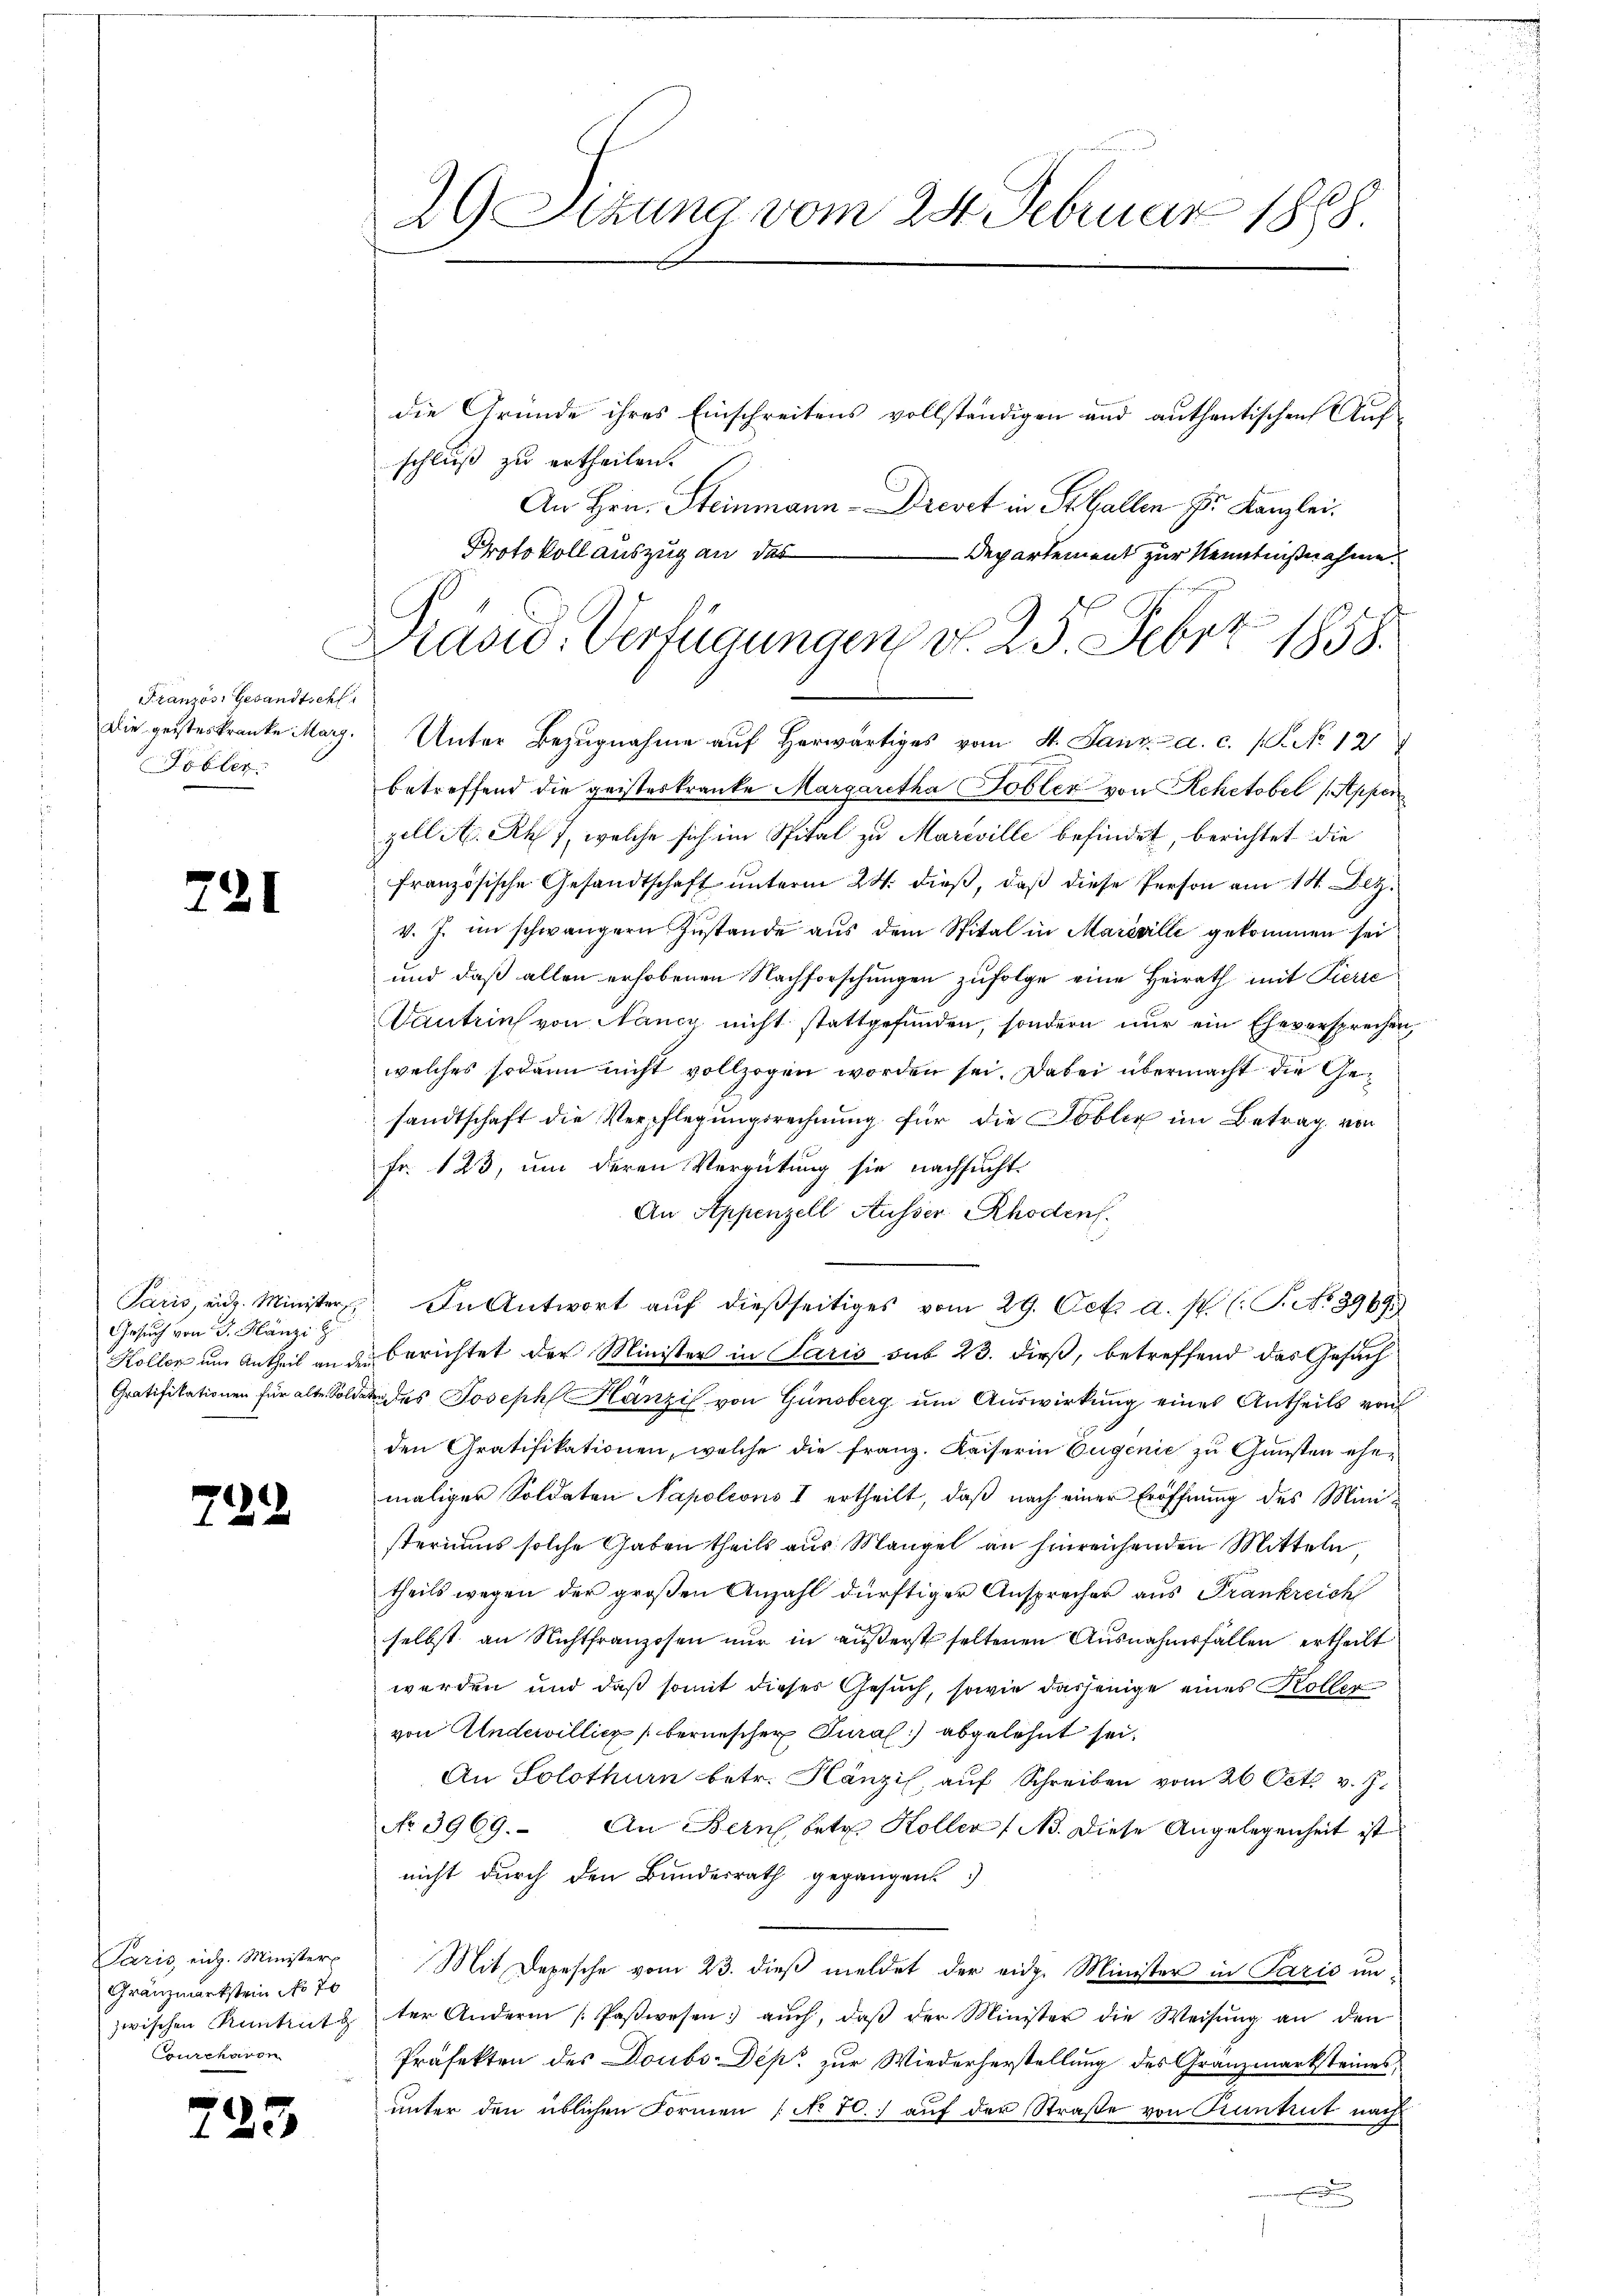
Französ. Gesandtschl
Die geisteskranke Marg.
Pöller.

721

Paris, eidg. Minister
Gesuch von F. Känzi z
Köller um Antheil an die
Gratifikationen für alte. Sol¬

722

Paris, eidg. Minister
Gränzmarkstein No 70
zwischen Runtruth
Courcharon

25.

29 Sizung vom 24. Februar 1888

Präsid. Verfügungen v. 25. Febr. 1858.

die Grunde ihres Einschreitens vollständigen und authentischen Aufschluß zu ertheilen.
An Hrn. Steinmann-Drevet in St. Gallen Dr. Kanzlei.
Protokoll auszug an das
Departement zur Kenntnißnahme.
Unter Bezugnahme auf herwärtiges vom 4. Janz. a. c. (T. No 12
betreffend die geisteskranke Margaretha Tobler von Rehetobel (Appen
zell A. R. 7, welche sich im Spital zu Mareville befindet, berichtet die
französische Gesandtschaft unterm 24. dieß, daß diese Person am 14. Dez.
v. J. im schwängern Zustande aus dem Spital in Mareville gekommen sei
und daß allen erhobenen Nachforschungen zufolge eine Heirath mit Pierre
Dantrin von Nancy nicht stattgefunden, sondern nur ein Eheversprechen,
welches sodann nicht vollzogen worden sei. Dabei übermacht die Gesandtschaft die Verpflegungsrechnung für die Löblic im Betrag von
Fr. 123, um deren Vergütung sie nachsucht.
An Appenzell Ausser Rhodens.
In Antwort aŭf dießseitiges vom 29. Oct. a. p. (: S. No 399.
berichtet der Minister in Paris sub 23. dieß, betreffend das Gesuch
dn des Joseph Hänzil von Günsberg um Auswirkung eines Antheils von
den Gratifikationen, welche die Franz. Kaiserin Eugenie zu Gunsten ehemaliger Soldaten Napoleons I ertheilt, daß nach einer Eröffnung des Ministeriums solche Gaben theils aus Mangel an hinreichenden Mitteln
theils wegen der großen Anzahl dürftiger Ansprecher aus Frankreich
selbst an Nichtfranzosen nur in äußerst seltenen Ausnahmsfällen ertheilt
werden und daß somit dieser Gesuch, sowie dasjenige eines Koller
von Andervillicz bernischer Jura abgelehnt sei,
An Solothurn betr. Hänzi, aŭf Schreiben vom 26. Oct. v. J.
No 3969. An Bern betr. Koller (Ns. diese Angelegenheit ist
nicht durch den Bundesrath gegangen
Mit Depesche vom 23. dieß meldet der eidg. Minister in Paris unter Andern (Paswesen aŭch, daβ der Minister die Weisŭng an den
Präfekten des Doubs-Dep zur Wiederherstellung des Granzmarksteines,
unter den üblichen Formen (No 10.) auf der Straße von Funkt nach
n